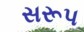
સરૂપ